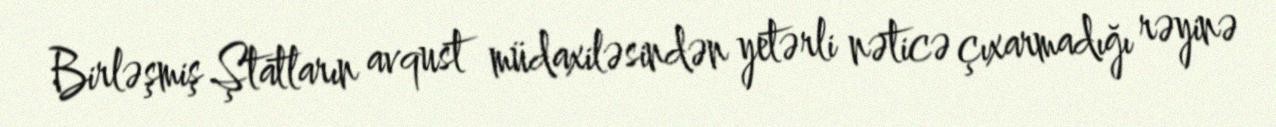
Birləşmiş Ştatların avqust müdaxiləsindən yetərli nəticə çıxarmadığı rəyinə